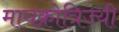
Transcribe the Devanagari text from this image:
मायक्रोत्रिज्यी